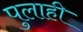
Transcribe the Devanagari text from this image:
पुलाही